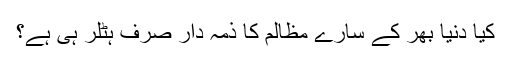
کیا دنیا بھر کے سارے مظالم کا ذمہ دار صرف ہٹلر ہی ہے؟